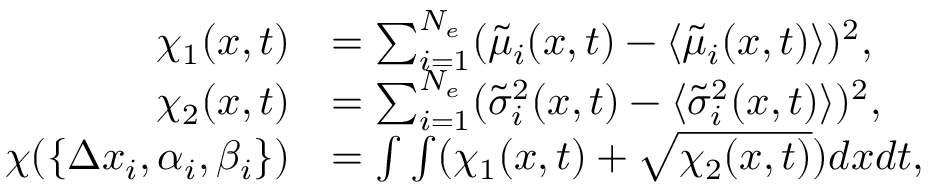
\begin{array} { r l } { \chi _ { 1 } ( x , t ) } & { = \sum _ { i = 1 } ^ { N _ { e } } ( \tilde { \mu } _ { i } ( x , t ) - \langle { \tilde { \mu } _ { i } ( x , t ) } \rangle ) ^ { 2 } , } \\ { \chi _ { 2 } ( x , t ) } & { = \sum _ { i = 1 } ^ { N _ { e } } ( \tilde { \sigma } _ { i } ^ { 2 } ( x , t ) - \langle { \tilde { \sigma } _ { i } ^ { 2 } ( x , t ) } \rangle ) ^ { 2 } , } \\ { \chi ( \{ \Delta x _ { i } , \alpha _ { i } , \beta _ { i } \} ) } & { = \int \int ( \chi _ { 1 } ( x , t ) + \sqrt { \chi _ { 2 } ( x , t ) } ) d x d t , } \end{array}